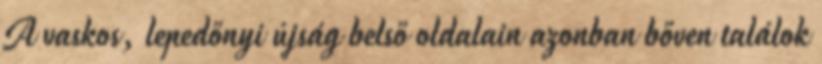
A vaskos, lepedőnyi újság belső oldalain azonban bőven találok